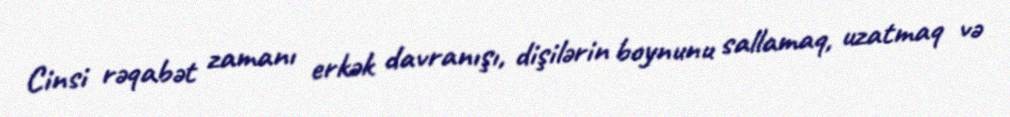
Cinsi rəqabət zamanı erkək davranışı, dişilərin boynunu sallamaq, uzatmaq və